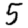
Digit: 5